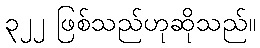
၃၂၂ ဖြစ်သည်ဟုဆိုသည်။